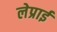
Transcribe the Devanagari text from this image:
लेप्राई